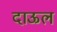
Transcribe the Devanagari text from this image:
दाऊल